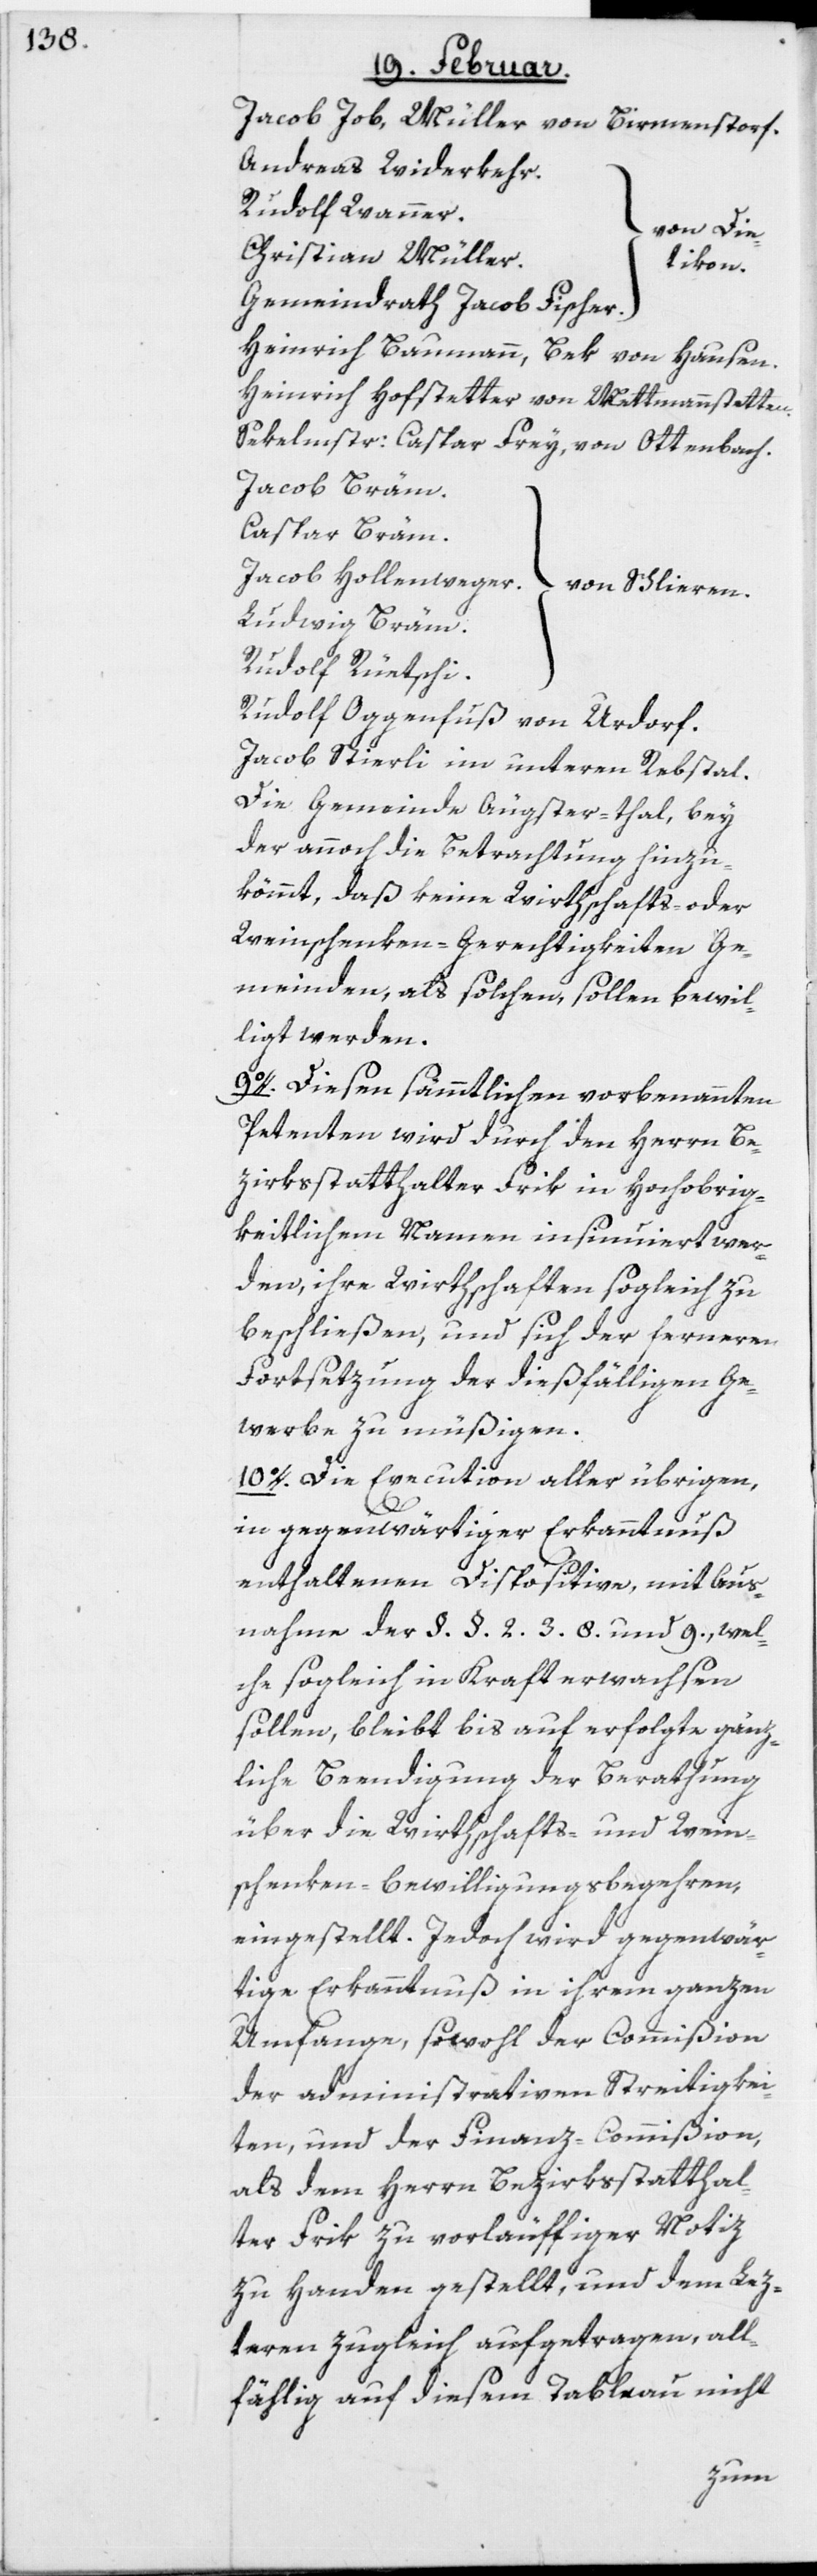
Jacob Job, Müller von Birmenstorf.
Andreas Widerkehr.
Rudolf Wanner.
[von Die¬
Christian Müller.
tikon.]
Gemeindrath Jacob Fischer.
Heinrich Baumann, Bek von Hausen.
Heinrich Hofstetter von Mettmannstetten.
Sekelmstr: Caspar Frey, von Ottenbach.
Jacob Bräm.
Caspar Bräm.
Jacob Hollenweger.
[von Schlieren.]
Ludwig Bräm.
Rudolf Rüetschi.
Rudolf Oggenfuß von Urdorf.
Jacob Stierli im unteren Rebstal.
Die Gemeinde Äugster-thal, bey
der annoch die Betrachtung hinzu¬
kömmt, daß keine Wirthschafts- oder
Weinschenken-Gerechtigkeiten Ge¬
meinden, als solchen, sollen bewil¬
ligt werden.
9o. Diesen sämmtlichen vorbenannten
Petenten wird durch den Herrn Be¬
zirksstatthalter Frik in Hochobrig¬
keitlichem Namen insinuiert wer¬
den, ihre Wirthschaften sogleich zu
beschließen, und sich der ferneren
Fortsetzung der dießfälligen Ge¬
werbe zu müßigen.
10o. Die Execution aller übrigen,
in gegenwärtiger Erkanntnuß
enthaltenen Dispositive, mit Aus¬
nahme der §. §. 2.[,] 3.[,] 8. und 9., wel¬
che sogleich in Kraft erwachsen
sollen, bleibt bis auf erfolgte gänz¬
liche Beendigung der Berathung
über die Wirthschafts- und Wein¬
schenken-Bewilligungsbegehren,
eingestellt. Jedoch wird gegenwär¬
tige Erkanntnuß in ihrem ganzen
Umfange, sowohl der Commißion
der administrativen Streitigkei¬
ten, und der Finanz-Commißion,
als dem Herrn Bezirksstatthal¬
ter Frik zu vorläuffiger Notiz
zu Handen gestellt, und dem Lez¬
teren zugleich aufgetragen, all¬
fählig auf diesem Tableau nicht